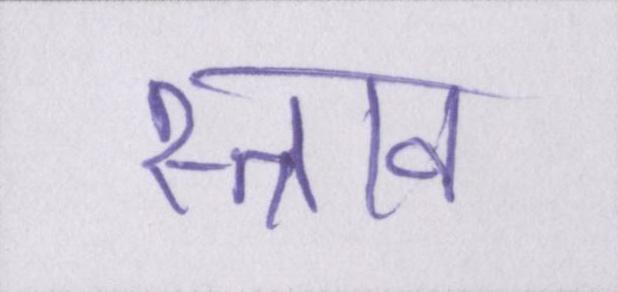
स्त्राव